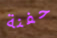
حفنة